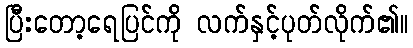
ပြီးတော့ရေပြင်ကို လက်နှင့်ပုတ်လိုက်၏။